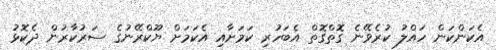
އެކަންކަން ހައްލު ކުރެވޭނެ ގޮތްގޮތް އެބަހުރި ކަމަށާއި އެކަމަށް ޔޫކްރޭނުގެ ސަރުކާރުން ދެކޮޅު